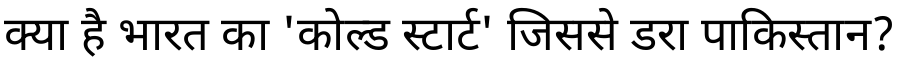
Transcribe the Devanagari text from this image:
क्या है भारत का 'कोल्ड स्टार्ट' जिससे डरा पाकिस्तान?